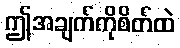
ဤအချက်ကိုစိတ်ထဲ